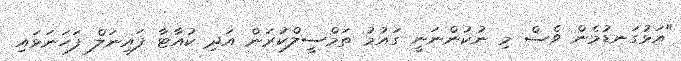
"އަޅުގަނޑުމެން ވެސް މި ނުކުންނަނީ ގައުމު ތަމްސީލްކުރަން އަދި ކުއާޓާ ފައިނަލް ފަހަނަޅައި